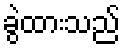
ခွဲထားသည်